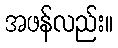
အဖန်လည်း။